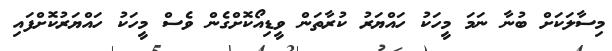
މިސާލަކަށް ބުނާ ނަމަ މީހަކު ހައްޔަރު ކުރާތަން ވީޑިއޯކޮށްގެން ވެސް މީހަކު ހައްޔަރުކޮށްފައި